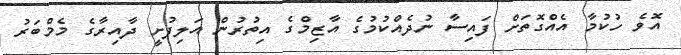
އޮވެ ހުކުމާ އެއްގޮތަށް ފައިސާ ނުދެއްކުމުގެ އާޒިމްގެ އިތުރުން އަލިފުށީ ދާއިރާގެ މެމްބަރު